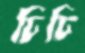
ঢিঢি